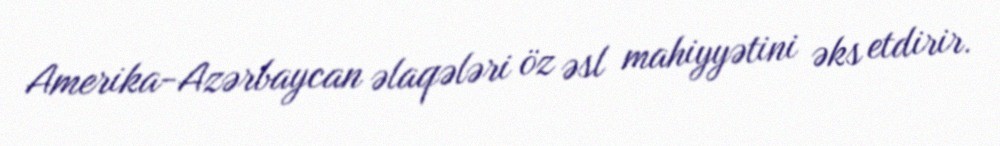
Amerika-Azərbaycan əlaqələri öz əsl mahiyyətini əks etdirir.